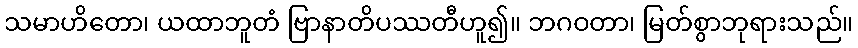
သမာဟိတော၊ ယထာဘူတံ ဗြာနာတိပဿတီဟူ၍။ ဘဂဝတာ၊ မြတ်စွာဘုရားသည်။